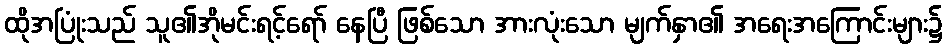
ထိုအပြုံးသည် သူ၏အိုမင်းရင့်ရော် နေပြီ ဖြစ်သော အားလုံးသော မျက်နှာ၏ အရေးအကြောင်းများ၌